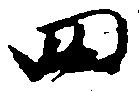
四